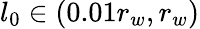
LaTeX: l_{0}\in\left(0.01r_{w},r_{w}\right)